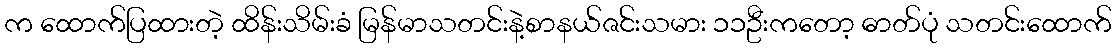
က ထောက်ပြထားတဲ့ ထိန်းသိမ်းခံ မြန်မာသတင်းနဲ့စာနယ်ဇင်းသမား ၁၁ဦးကတော့ ဓာတ်ပုံ သတင်းထောက်